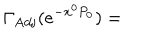
\Gamma _ { \mathrm { A d j } } ( e ^ { - x ^ { 0 } P _ { 0 } } ) =